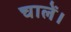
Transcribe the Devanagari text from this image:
चालें।